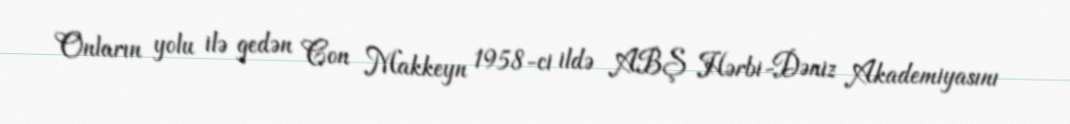
Onların yolu ilə gedən Con Makkeyn 1958-ci ildə ABŞ Hərbi-Dəniz Akademiyasını